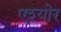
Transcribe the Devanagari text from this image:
एश्योर